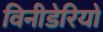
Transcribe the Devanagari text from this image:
विनीडेरियो